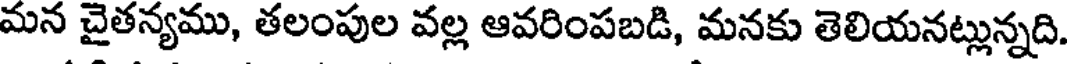
మన చైతన్యము, తలంపుల వల్ల ఆవరింపబడి, మనకు తెలియనట్లున్నది.